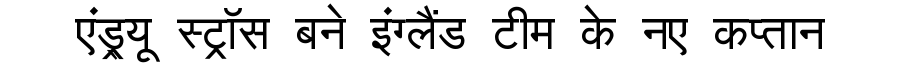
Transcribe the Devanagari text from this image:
एंड्र्यू स्ट्रॉस बने इंग्लैंड टीम के नए कप्तान